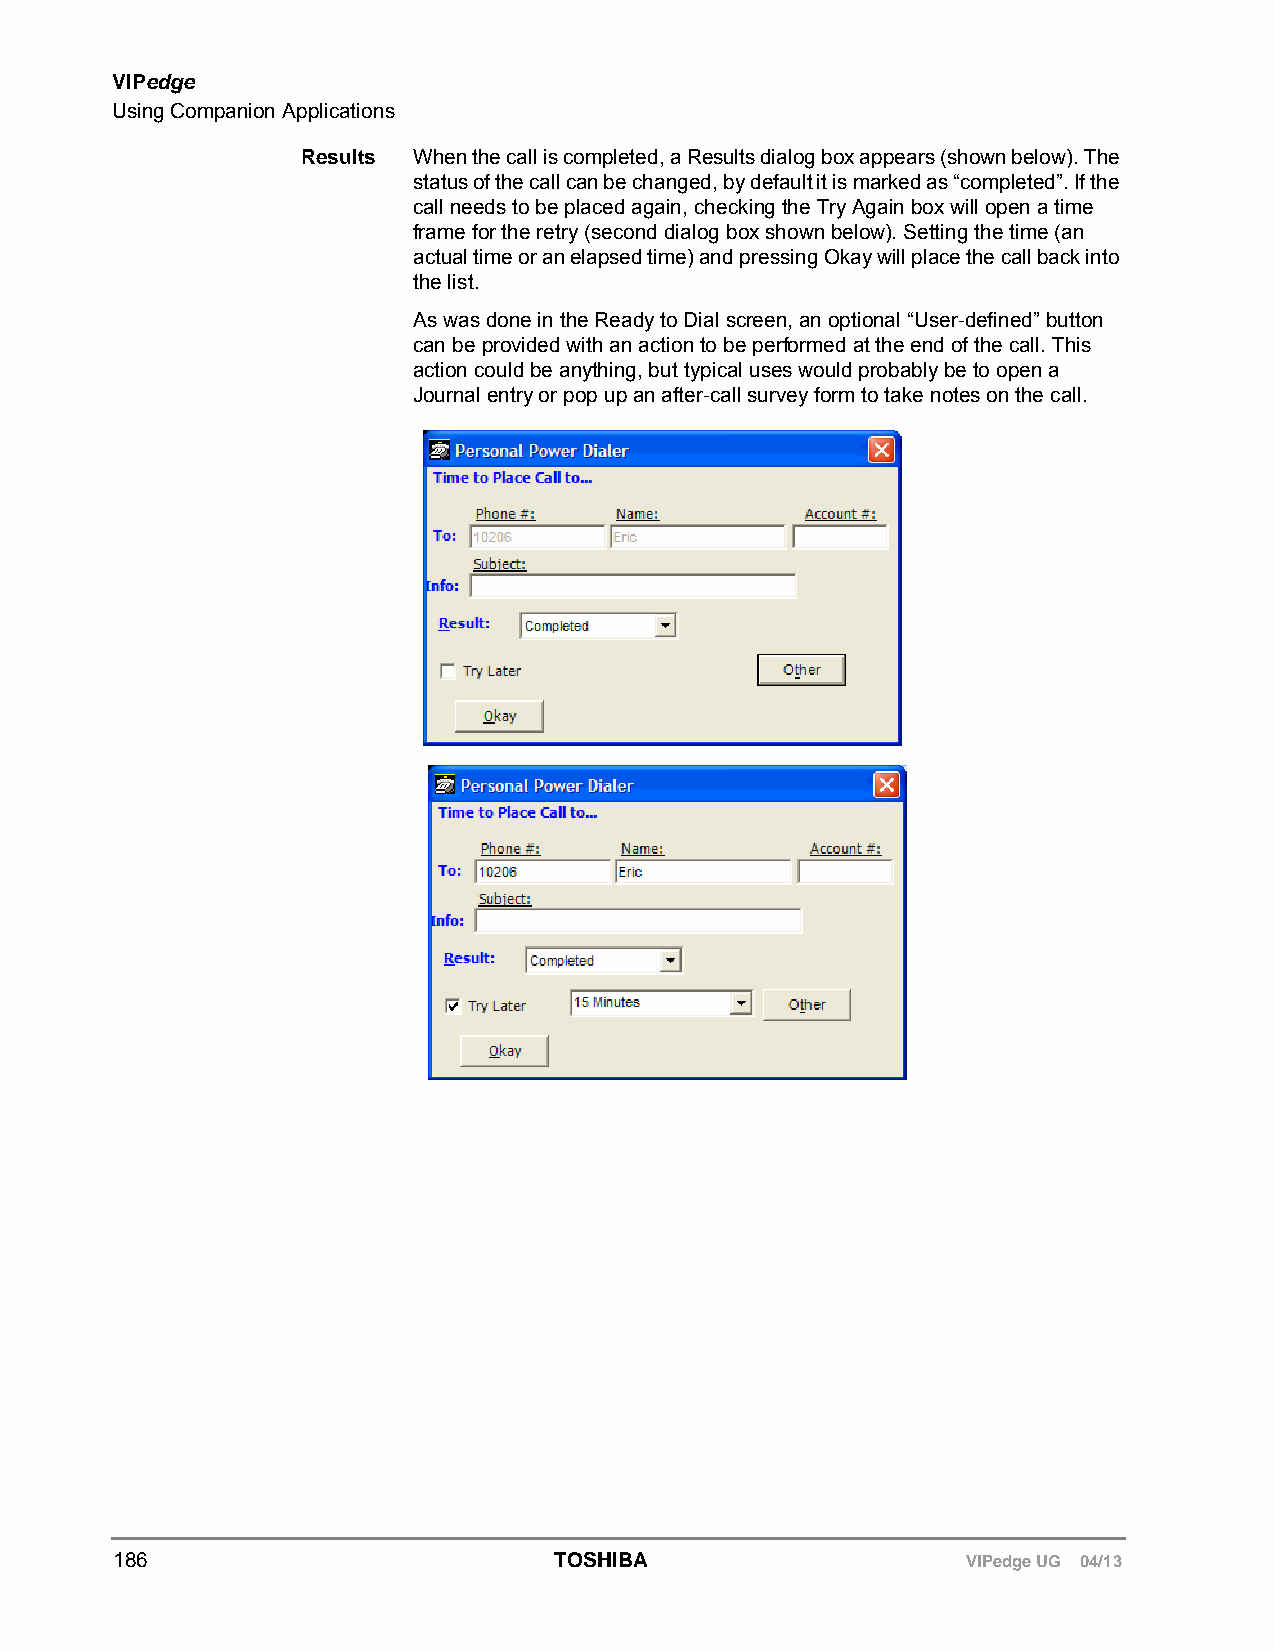
VIPedge
 Using Companion Applications
 Results When the call is completed, a Results dialog box appears (shown below). The
 status of the call can be changed, by default it is marked as “completed”. If the
 call needs to be placed again, checking the Try Again box will open a time
 frame for the retry (second dialog box shown below). Setting the time (an
 actual time or an elapsed time) and pressing Okay will place the call back into
 the list.
 As was done in the Ready to Dial screen, an optional “User-defined” button
 can be provided with an action to be performed at the end of the call. This
 action could be anything, but typical uses would probably be to open a
 Journal entry or pop up an after-call survey form to take notes on the call.
 186                          TOSHIBA                    VIPedge UG 04/13